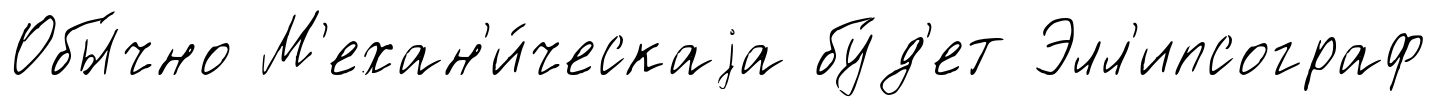
Обы́чно М'ехан'и́ческаjа бу́д'ет Элл'ипсограф